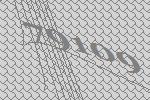
79109